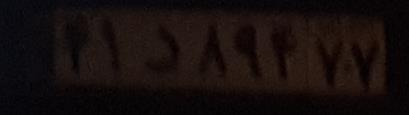
۴۱د۸۹۴۷۷